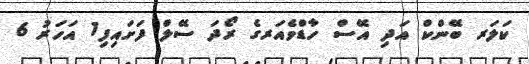
ކަލަރ ބޭންކް އަދި އޭސް ހާޑްވެއަރގެ ރޯދަ ސޭލް ފަށައިފި1 އަހަރު 6